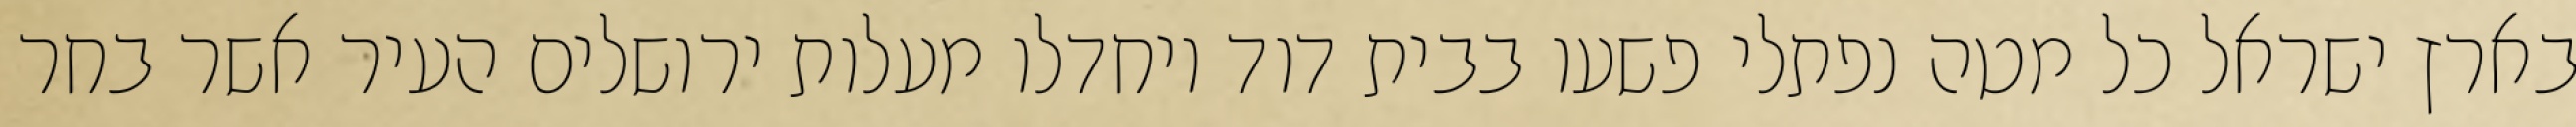
בארץ ישראל כל מטה נפתלי פשעו בבית דוד ויחדלו מעלות ירושלים העיר אשר בחר